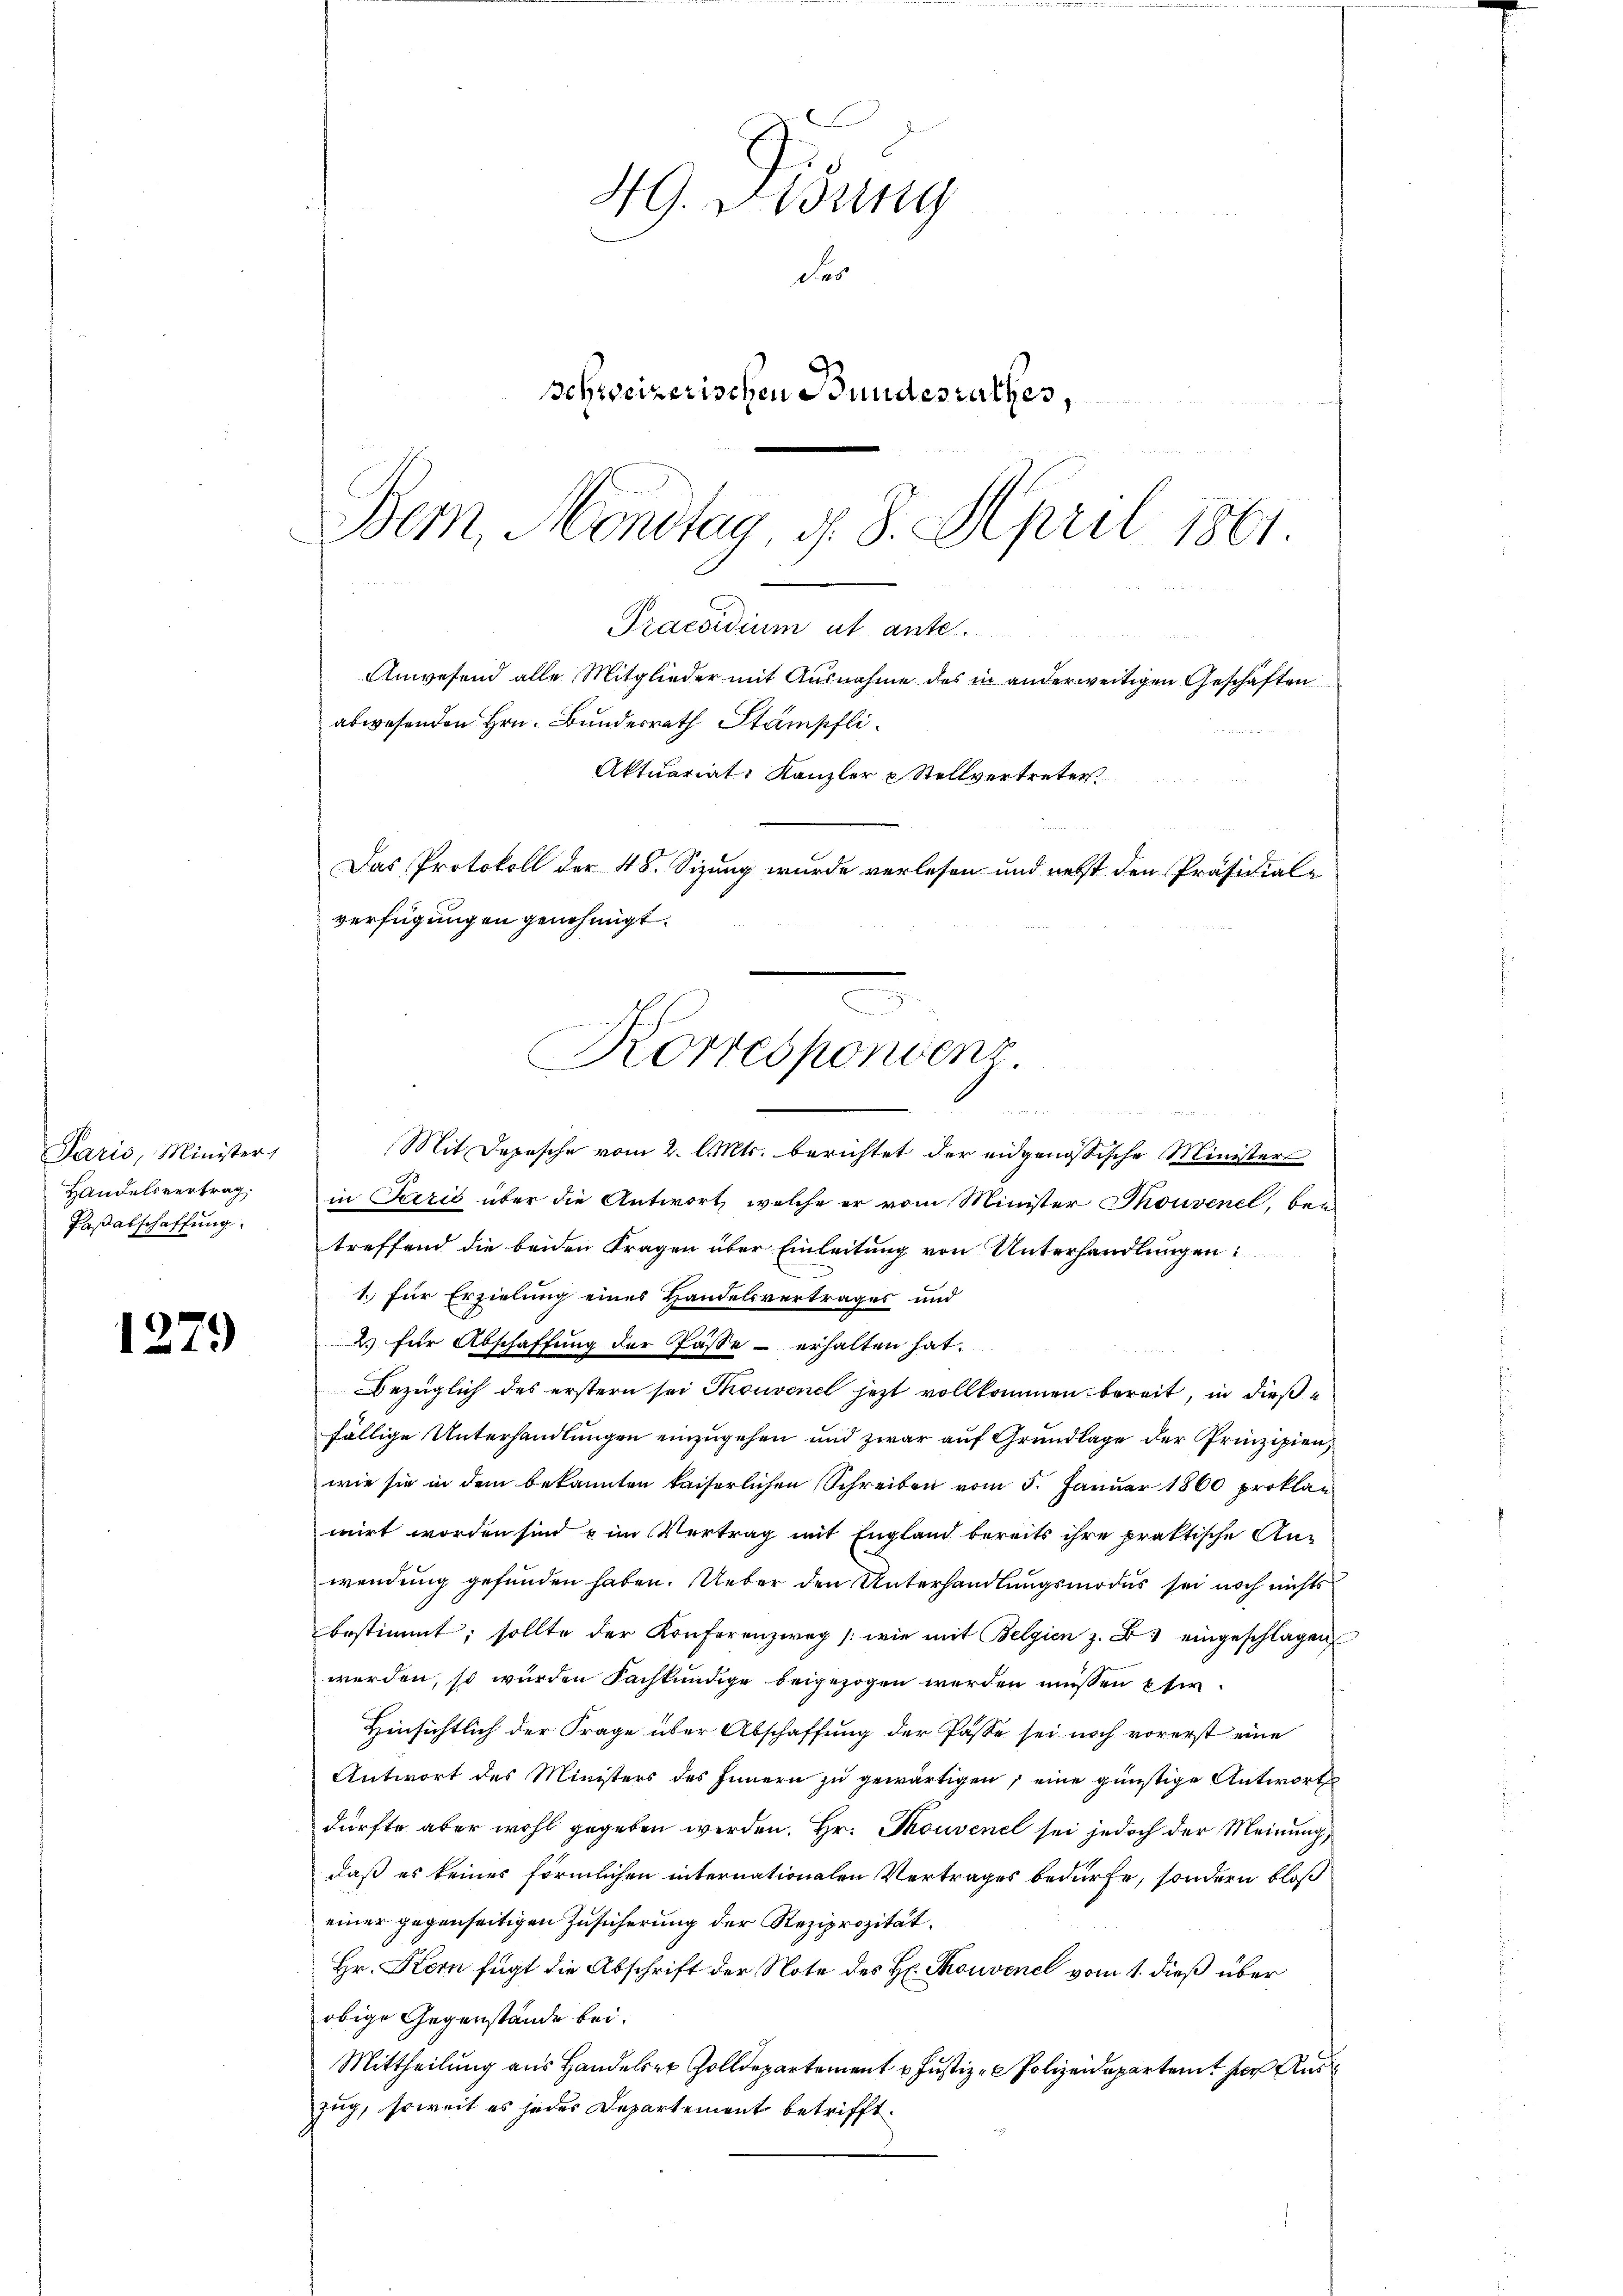
Paris, Minister,
Handelsvertrag.
Paßabschaffung

127

)

49. Didung
des
schweizerischen Bundesrathes,
Bem, Mondtag, d. 8. April 1861.

in Perić über die Antwort, welche er vom Minister Thouvenel, bei
treffend die beiden Fragen über Einleitung von Unterhandlungen:
1. für Erzielung eines Handelsvertrages und
2. für Abschaffung der Pässe - erhalten hat.
Bezüglich des erstern sei Thouvenel jetzt vollkommen bereit, in diese
fällige Unterhandlungen einzŭgehen und zwar aŭf Grŭndlage der Prinzipien,
wie sie in dem bekannten kaiserlichen Schreiben vom 5. Januar 1860 proklan
mirt worden sind u im Vertrag mit England bereits ihre praktische Anwendung gefunden haben. Ueber den Unterhandlungsmodus sei noch nichts
bestimmt; sollte der Konferenzweg (wie mit Belgien z. B. eingeschlagen
werden, so würden Sachkundige beigezogen werden müssen etw
Hinsichtlich der Frage über Abschaffung der Pässe sei noch vorerst eine
Antwort des Ministers des Innern zu gewärtigen, eine günstige Antwort
dürfte aber wohl gegeben werden. Hr. Thouvenel sei jedoch der Meinung,
daß es keiner förmlichen internationalen Vertrages bedürfe, sondern bloß
einer gegenseitigen Zusicherung der Reziprozität.
Hr. Kern fügt die Abschrift der Note des H. Skonvenel vom 1. dieß über
obige Gegenstände bei.
Mittheilung aus Handeler Zolldepartement Justiz Polizeidepartem Aus
zug, soweit es jedes Departement betrifft.

Praesidium ut ante
Anwesend alle Mitglieder mit Ausnahme des in anderweitigen Geschäften
abwesenden Hrn. Bundesrath Stämpfli¬
Das Protokoll der 48. Sizung wurde verlesen und nebst den Präsidial-
verfügungen genehmigt.
Korrespondenz
u
Mit Depesche vom 2. l. Mts. berichtet der eidgenössische Ministers

Aktuariat. Kanzler & Stellvertreter